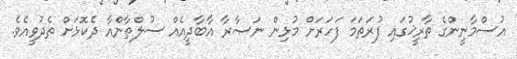
އުސްމާނީންގެ ތާރީޚުގައި ފުރަތަމަ ފަހަރަށް މުޅިން ނަޞާރާ އާބާދީއެއް ސުލްޠާންއާ ދެކޮޅަށް ތެދުވީއެވެ.